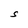
Character: S